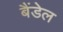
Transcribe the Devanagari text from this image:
बैंडेल